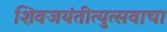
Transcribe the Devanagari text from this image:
शिवजयंतीत्युत्सवाचा